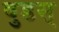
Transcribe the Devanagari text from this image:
वुडस्